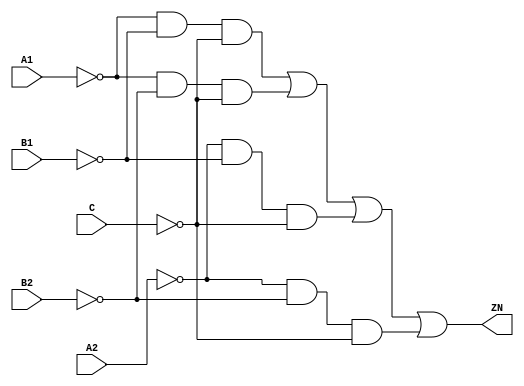
// Copyright 2022 GlobalFoundries PDK Authors
//
// Licensed under the Apache License, Version 2.0 (the "License");
// you may not use this file except in compliance with the License.
// You may obtain a copy of the License at
//
//      http://www.apache.org/licenses/LICENSE-2.0
//
// Unless required by applicable law or agreed to in writing, software
// distributed under the License is distributed on an "AS IS" BASIS,
// WITHOUT WARRANTIES OR CONDITIONS OF ANY KIND, either express or implied.
// See the License for the specific language governing permissions and
// limitations under the License.

module gf180mcu_fd_sc_mcu7t5v0__aoi221_1( B2, B1, ZN, C, A2, A1 );
input A1, A2, B1, B2, C;
output ZN;

	wire A1_inv_for_gf180mcu_fd_sc_mcu7t5v0__aoi221_1;

	not MGM_BG_0( A1_inv_for_gf180mcu_fd_sc_mcu7t5v0__aoi221_1, A1 );

	wire B1_inv_for_gf180mcu_fd_sc_mcu7t5v0__aoi221_1;

	not MGM_BG_1( B1_inv_for_gf180mcu_fd_sc_mcu7t5v0__aoi221_1, B1 );

	wire C_inv_for_gf180mcu_fd_sc_mcu7t5v0__aoi221_1;

	not MGM_BG_2( C_inv_for_gf180mcu_fd_sc_mcu7t5v0__aoi221_1, C );

	wire ZN_row1;

	and MGM_BG_3( ZN_row1, A1_inv_for_gf180mcu_fd_sc_mcu7t5v0__aoi221_1, B1_inv_for_gf180mcu_fd_sc_mcu7t5v0__aoi221_1, C_inv_for_gf180mcu_fd_sc_mcu7t5v0__aoi221_1 );

	wire B2_inv_for_gf180mcu_fd_sc_mcu7t5v0__aoi221_1;

	not MGM_BG_4( B2_inv_for_gf180mcu_fd_sc_mcu7t5v0__aoi221_1, B2 );

	wire ZN_row2;

	and MGM_BG_5( ZN_row2, A1_inv_for_gf180mcu_fd_sc_mcu7t5v0__aoi221_1, B2_inv_for_gf180mcu_fd_sc_mcu7t5v0__aoi221_1, C_inv_for_gf180mcu_fd_sc_mcu7t5v0__aoi221_1 );

	wire A2_inv_for_gf180mcu_fd_sc_mcu7t5v0__aoi221_1;

	not MGM_BG_6( A2_inv_for_gf180mcu_fd_sc_mcu7t5v0__aoi221_1, A2 );

	wire ZN_row3;

	and MGM_BG_7( ZN_row3, A2_inv_for_gf180mcu_fd_sc_mcu7t5v0__aoi221_1, B1_inv_for_gf180mcu_fd_sc_mcu7t5v0__aoi221_1, C_inv_for_gf180mcu_fd_sc_mcu7t5v0__aoi221_1 );

	wire ZN_row4;

	and MGM_BG_8( ZN_row4, A2_inv_for_gf180mcu_fd_sc_mcu7t5v0__aoi221_1, B2_inv_for_gf180mcu_fd_sc_mcu7t5v0__aoi221_1, C_inv_for_gf180mcu_fd_sc_mcu7t5v0__aoi221_1 );

	or MGM_BG_9( ZN, ZN_row1, ZN_row2, ZN_row3, ZN_row4 );

endmodule